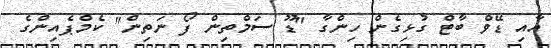
އާއި ޑޭވް ބާޓް ގުޅިގެން ހިންގާ "ޑޫ ސަމްތިން ފޯ ނަތިން" ކެމްޕެއިންގެ